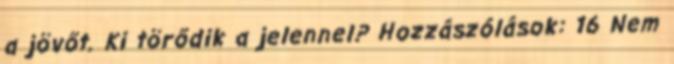
a jövőt. Ki törődik a jelennel? Hozzászólások: 16 Nem